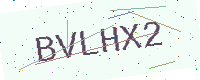
Text: BVLHX2